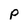
Character: p